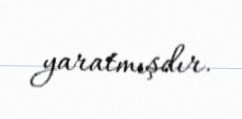
yaratmışdır.